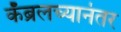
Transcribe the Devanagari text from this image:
कॅब्रलच्यानंतर